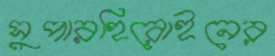
সুপারহিরোইনের